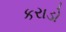
કરાડો